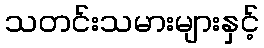
သတင်းသမားများနှင့်